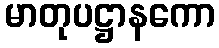
မာတုပဋ္ဌာနကော